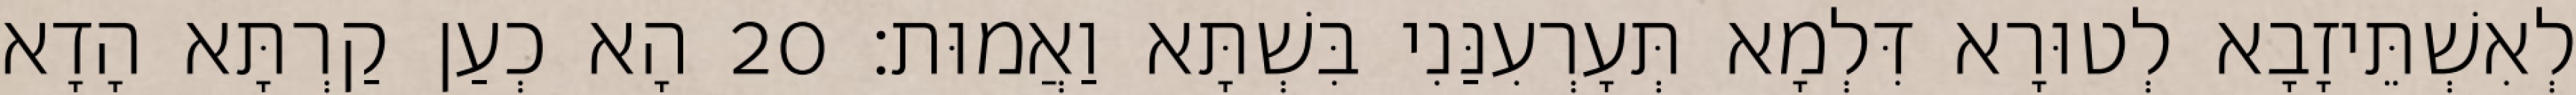
לְאִשְׁתֵּיזָבָא לְטוּרָא דִּלְמָא תְּעָרְעִנַּנִי בִּשְׁתָּא וַאֲמוּת׃ 20 הָא כְעַן קַרְתָּא הָדָא